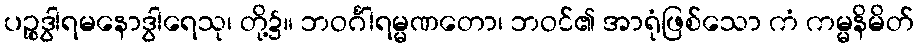
ပဉ္စဒွါရမနောဒွါရေသု၊ တို့၌။ ဘဝင်္ဂါရမ္မဏတော၊ ဘဝင်၏ အာရုံဖြစ်သော ကံ ကမ္မနိမိတ်